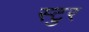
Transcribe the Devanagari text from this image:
स्टुर